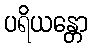
ပရိယန္တော